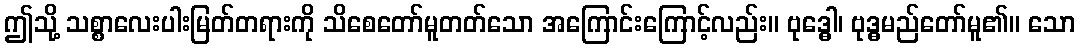
ဤသို့ သစ္စာလေးပါးမြတ်တရားကို သိစေတော်မူတတ်သော အကြောင်းကြောင့်လည်း။ ဗုဒ္ဓေါ၊ ဗုဒ္ဓမည်တော်မူ၏။ သော